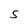
Character: S